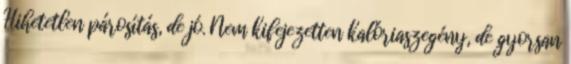
Hihetetlen párosítás, de jó. Nem kifejezetten kalóriaszegény, de gyorsan